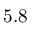
5 . 8